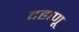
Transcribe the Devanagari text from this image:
दहाणू